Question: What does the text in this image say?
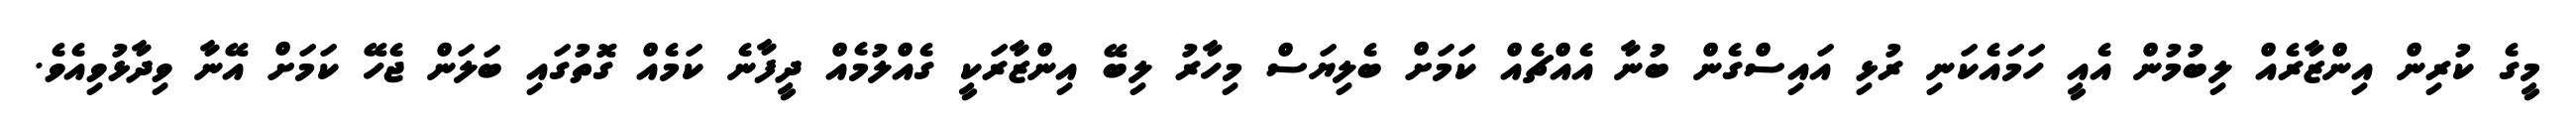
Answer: މީގެ ކުރިން އިންޒާރެއް ލިބުމުން އެއީ ހަމައެކަނި ރުޅި އައިސްގެން ބުނާ އެއްޗެއް ކަމަށް ބެލިޔަސް މިހާރު ލިބޭ އިންޒާރަކީ ގެއްލުމެއް ދީފާނެ ކަމެއް ގޮތުގައި ބަލަން ޖެހޭ ކަމަށް އޭނާ ވިދާޅުވިއެވެ.